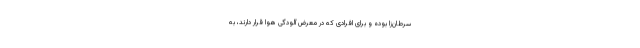
سرطان‌زا بوده و برای افرادی که در معرض آلودگی هوا قرار دارند، به